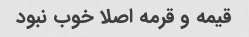
قیمه و قرمه اصلا خوب نبود